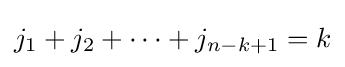
j_{1}+j_{2}+\cdots +j_{n-k+1}=k